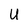
Character: U